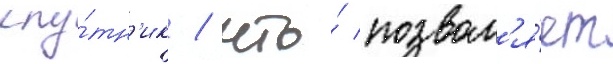
спу́тн'ик / что́ позвол'я́ет